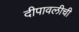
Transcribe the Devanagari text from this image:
दीपावलीची